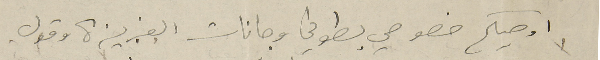
واوصيكم خصوصي بطوني وجانات العزيزة وقول